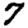
Digit: 7